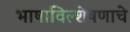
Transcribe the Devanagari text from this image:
भाषाविल्शेषणाचे